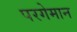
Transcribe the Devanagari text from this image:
परगेमान